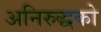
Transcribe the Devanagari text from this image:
अनिरुद्धको